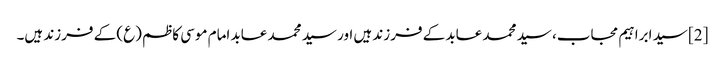
[2] سید ابراہیم مجاب، سید محمد عابد کے فرزند ہیں اور سید محمد عابد امام موسی کاظم (ع) کے فرزند ہیں۔